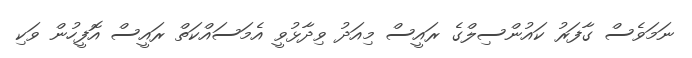
ނަމަވެސް ގާފަރު ކައުންސިލްގެ ރައީސް މިއަދު ވިދާޅުވީ އެމަސައްކަތް ރައީސް އޮފީހުން ވަކި